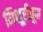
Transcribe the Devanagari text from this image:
मिसूरीतून